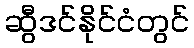
ဆွီဒင်နိုင်ငံတွင်